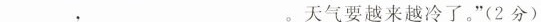
___，___。天气要越来越冷了。”(2分)